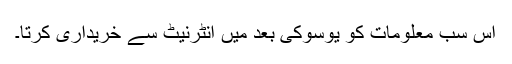
اس سب معلومات کو یوسوکی بعد میں انٹرنیٹ سے خریداری کرتا۔